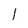
Character: 1